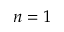
n = 1